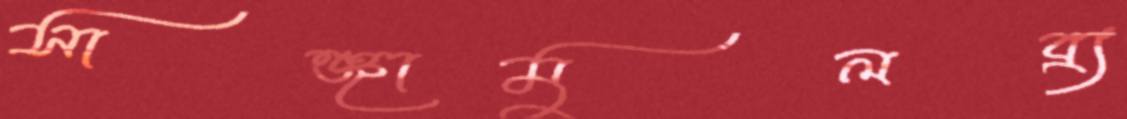
সাঞ্জামুলব্র্য